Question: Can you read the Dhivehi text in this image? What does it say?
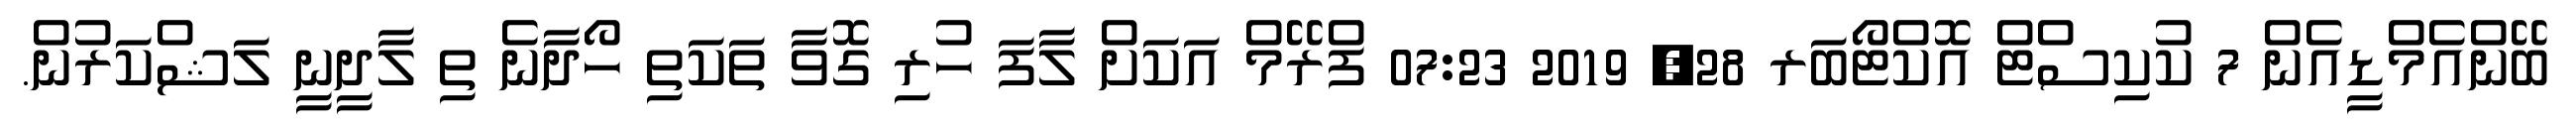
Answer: ބޭންއެމްޑީއެން 7 ކުކިސްޓް އޮކްޓޯބަރ 28, 2019 07:23 ފްރޭމް އަކަށް ލާފަ ހުރި ގޮވާ ތަކަތި ހޯދާނެ ތި ލާދީނީ ލަޝްކަރުން.